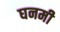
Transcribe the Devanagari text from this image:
घनमी